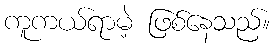
ကူကယ်ရာမဲ့ ဖြစ်နေသည်။